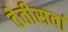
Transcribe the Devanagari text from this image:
तेतीसवां